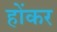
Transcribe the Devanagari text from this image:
होंकर